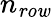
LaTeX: n_{\mathit{row}}